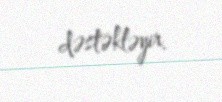
dəstəkləyir.